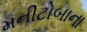
મનીટોબાના